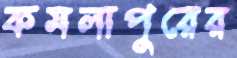
কমলাপুরের